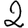
Digit: 2